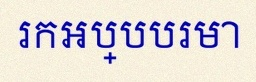
រកអប្បបរមា